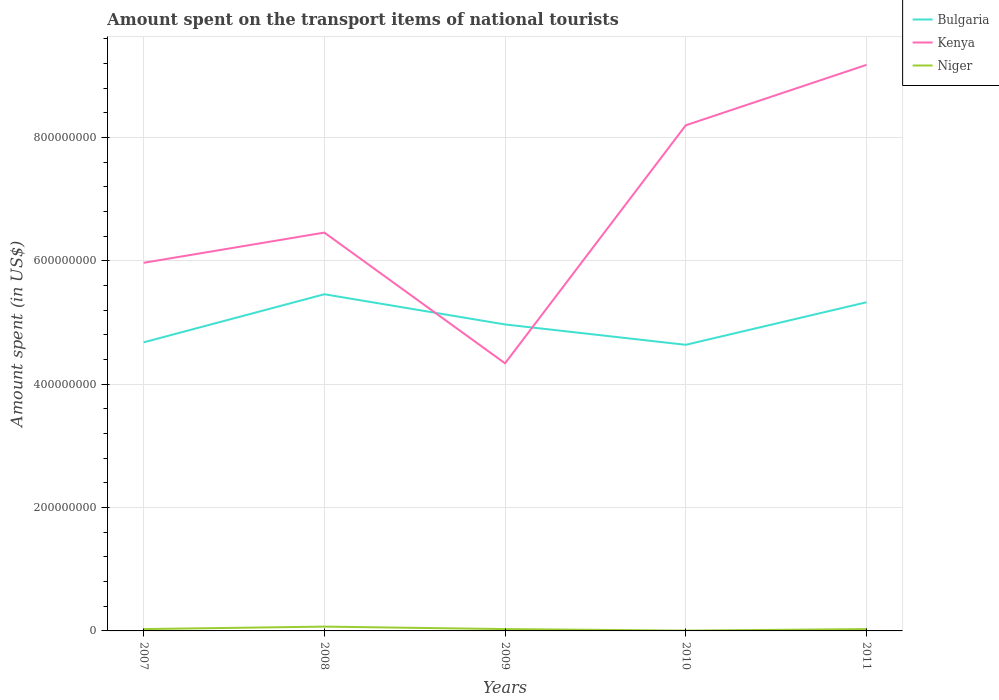
| Years | Bulgaria | Kenya | Niger |
 | --- | --- | --- | --- |
 | 2007 | 4.68e+08 | 5.97e+08 | 3e+06 |
 | 2008 | 5.46e+08 | 6.46e+08 | 7e+06 |
 | 2009 | 4.97e+08 | 4.34e+08 | 3e+06 |
 | 2010 | 4.64e+08 | 8.2e+08 | 5e+05 |
 | 2011 | 5.33e+08 | 9.18e+08 | 3e+06 |